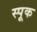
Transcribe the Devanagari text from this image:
स्पूक